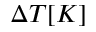
\Delta T [ K ]